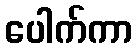
ပေါက်ကာ